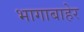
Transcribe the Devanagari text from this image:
भागाबाहेर